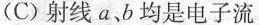
(C)射线a、b均是电子流